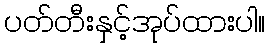
ပတ်တီးနှင့်အုပ်ထားပါ။